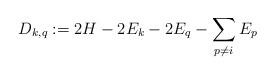
LaTeX: \begin{align*}D_{k,q}:=2H - 2E_k - 2E_q-\sum_{p\neq i} E_p\end{align*}